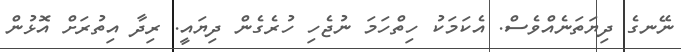
ނޭނގެ ދިޔަތަނެއްވެސް. އެކަމަކު ހިތްހަމަ ނުޖެހި ހުރެގެން ދިޔައީ. ރިދާ އިތުރަށް އޮޅުން